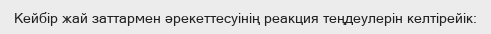
Кейбір жай заттармен әрекеттесуінің реакция теңдеулерін келтірейік: